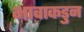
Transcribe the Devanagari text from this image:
भावाकडुन